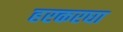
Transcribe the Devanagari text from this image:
हरकरघा